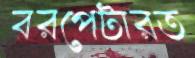
বরপেটারত